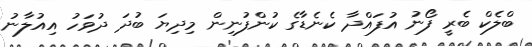
ބްލެކް ބެރީ ފޯނު އުފައްދާ ކެނެޑާގެ ކުންފުނިން މިދިޔަ ބުދަ ދުވަހު އިއުލާނު